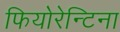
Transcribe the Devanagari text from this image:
फियोरेन्टिना